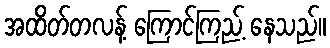
အထိတ်တလန့် ကြောင်ကြည့် နေသည်။